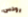
رودس